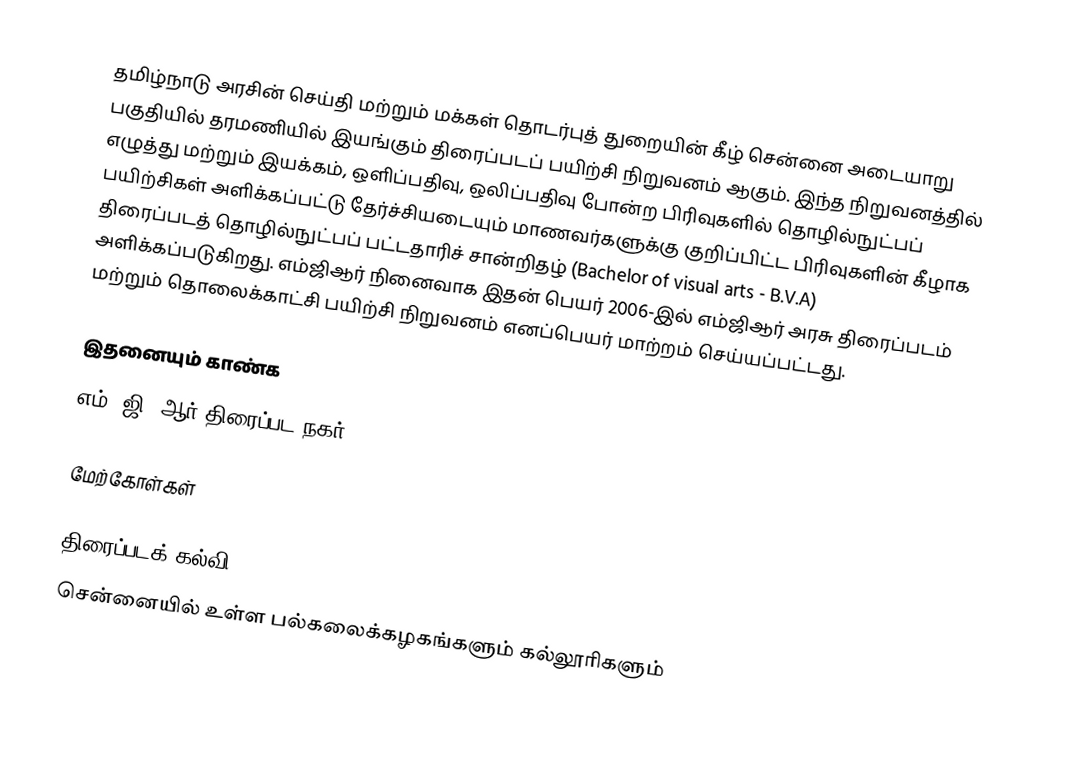
தமிழ்நாடு அரசின் செய்தி மற்றும் மக்கள் தொடர்புத் துறையின் கீழ் சென்னை அடையாறு பகுதியில் தரமணியில் இயங்கும் திரைப்படப் பயிற்சி நிறுவனம் ஆகும். இந்த நிறுவனத்தில் எழுத்து மற்றும் இயக்கம், ஒளிப்பதிவு, ஒலிப்பதிவு போன்ற பிரிவுகளில் தொழில்நுட்பப் பயிற்சிகள் அளிக்கப்பட்டு தேர்ச்சியடையும் மாணவர்களுக்கு குறிப்பிட்ட பிரிவுகளின் கீழாக திரைப்படத் தொழில்நுட்பப் பட்டதாரிச் சான்றிதழ் (Bachelor of visual arts - B.V.A) அளிக்கப்படுகிறது. எம்ஜிஆர் நினைவாக இதன் பெயர் 2006-இல் எம்ஜிஆர் அரசு திரைப்படம் மற்றும் தொலைக்காட்சி பயிற்சி நிறுவனம் எனப்பெயர் மாற்றம் செய்யப்பட்டது.

இதனையும் காண்க
 எம். ஜி. ஆர் திரைப்பட நகர்

மேற்கோள்கள்

திரைப்படக் கல்வி
சென்னையில் உள்ள பல்கலைக்கழகங்களும் கல்லூரிகளும்